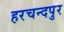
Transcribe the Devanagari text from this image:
हरचन्दपुर